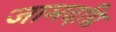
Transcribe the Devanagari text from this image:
जामदग्नि